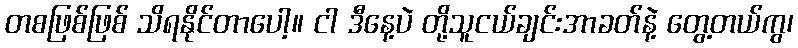
တစဖြစ်ဖြစ် သိရနိုင်တာပေါ့။ ငါ ဒီနေ့ပဲ တို့သူငယ်ချင်းအာခတ်နဲ့ တွေ့တယ်ကွ၊